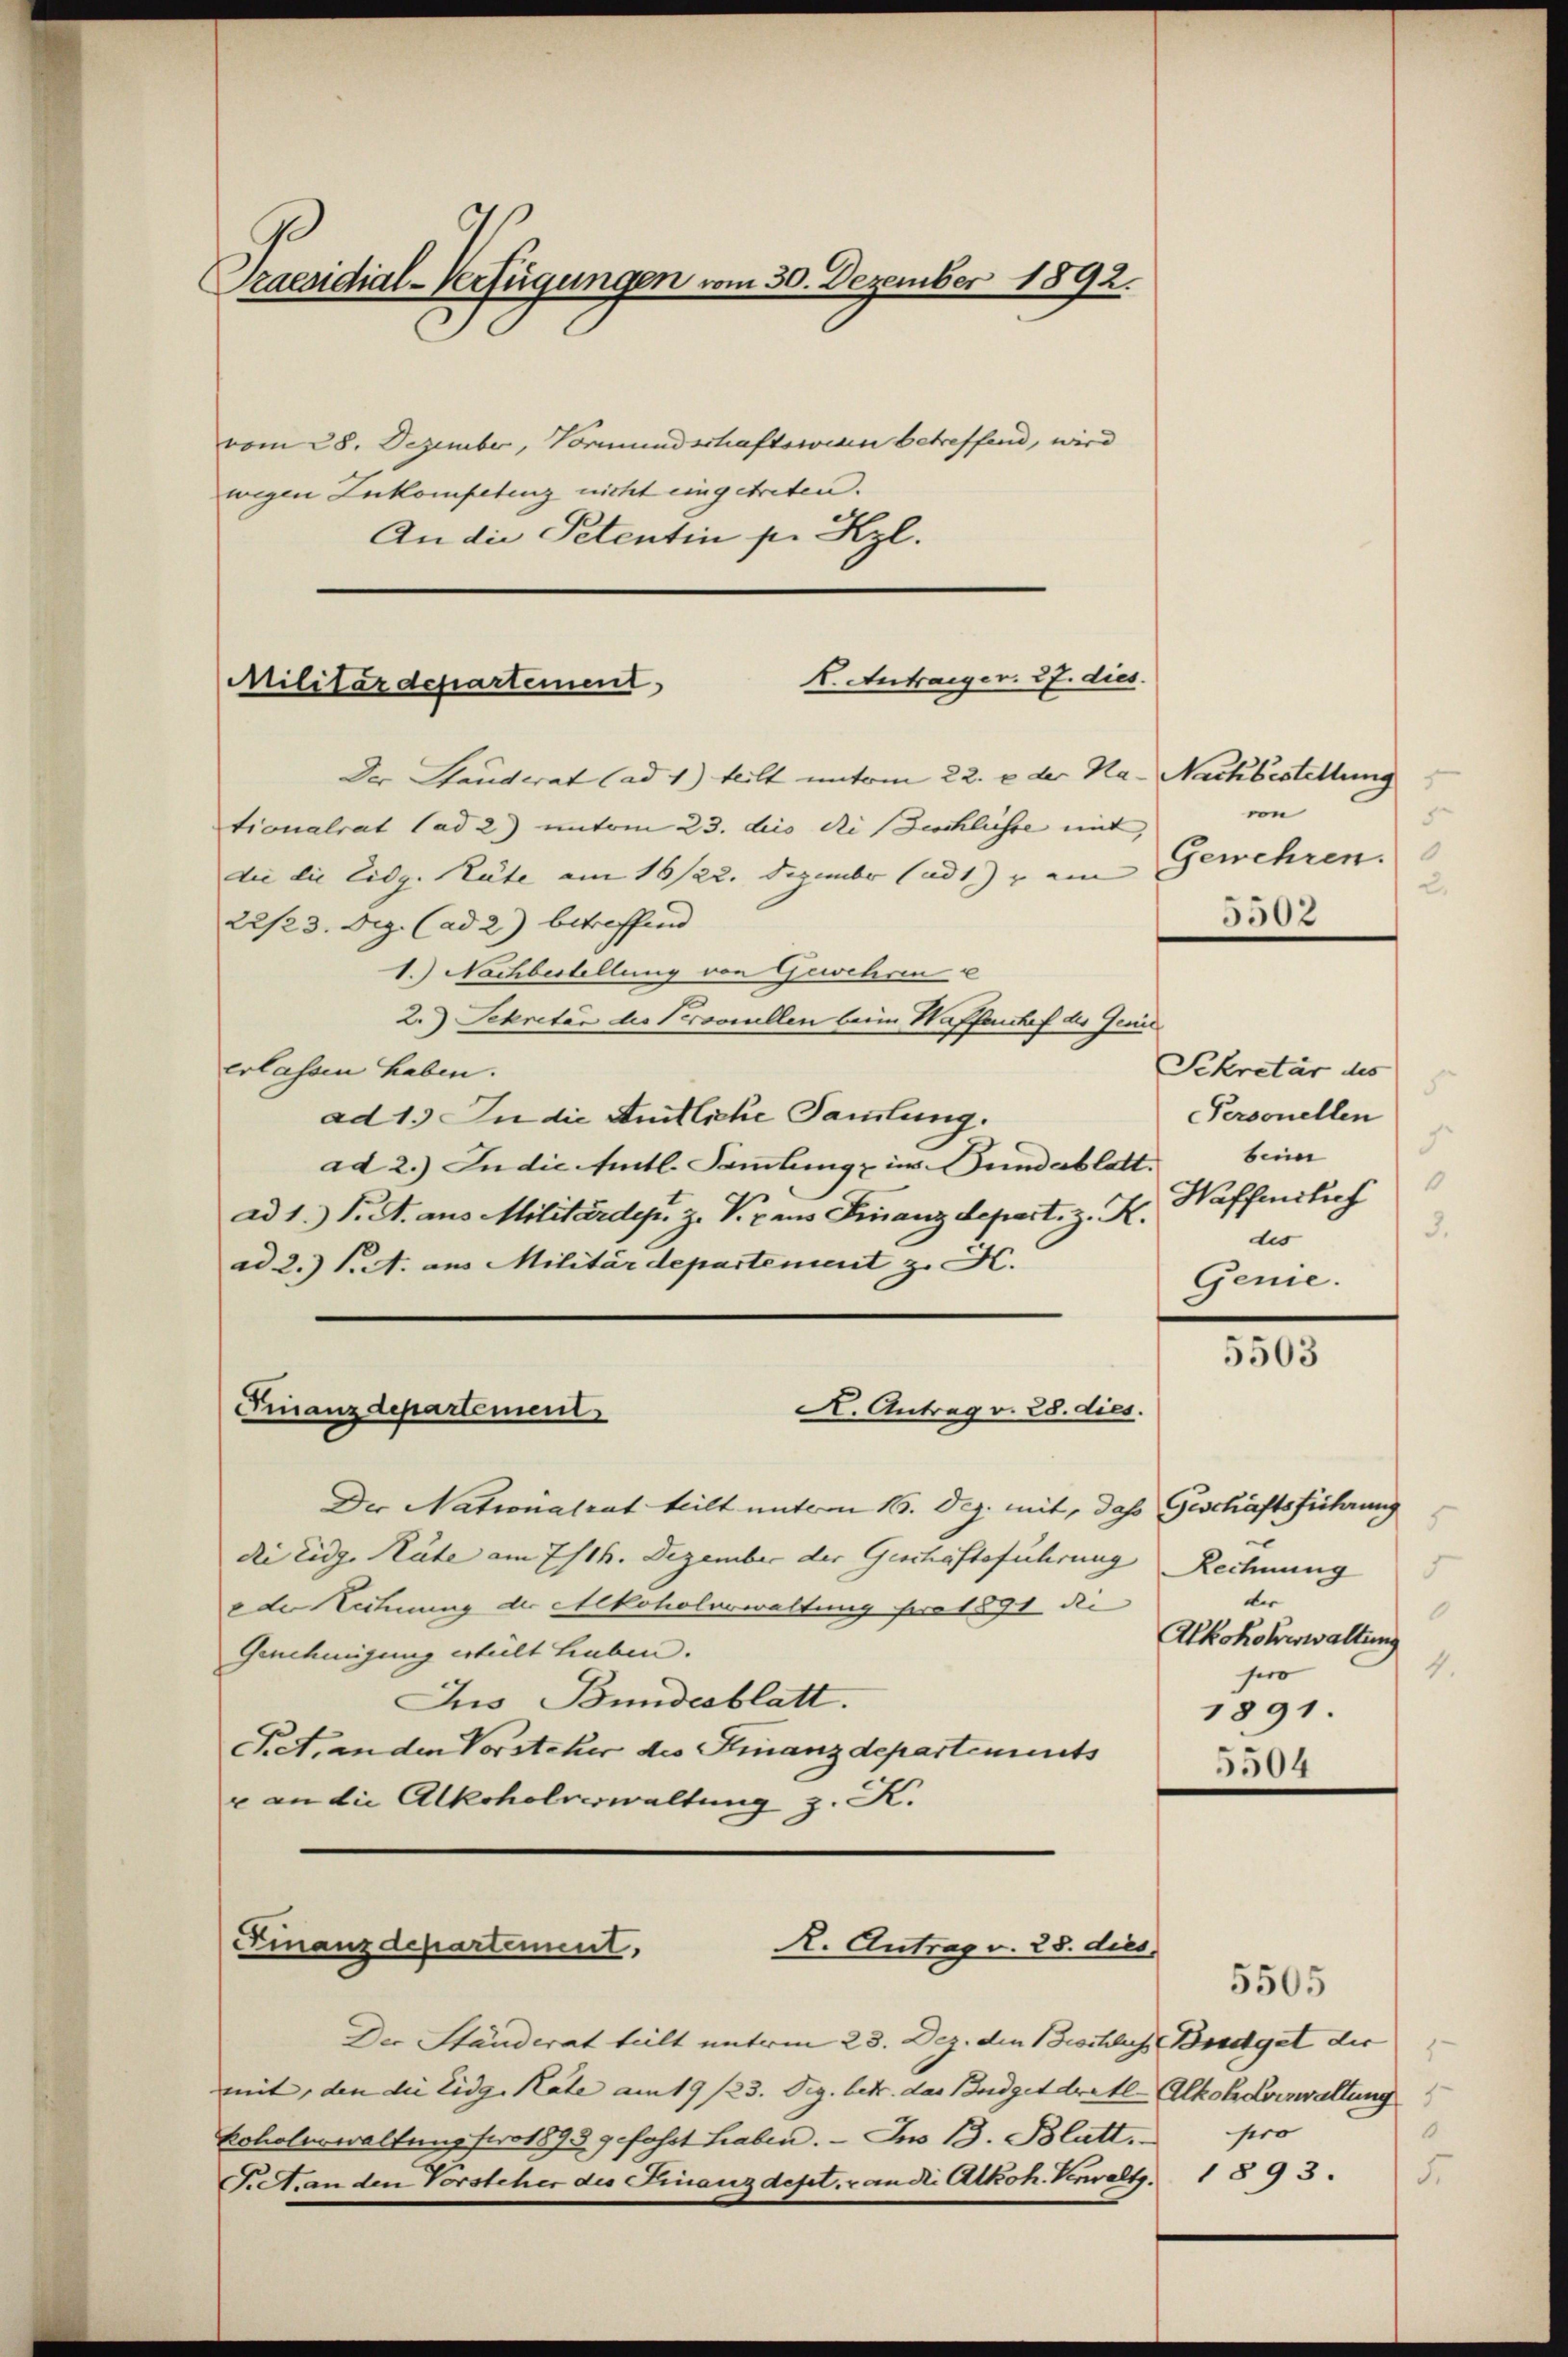
Praesidial-Verfügungen vom 30. Dezember 1892.

vom 28. Dezember, Vormundschaftswesen betreffend, wird
wegen Zukompetenz nicht eingetreten.
An die Petentin pr Kzl.

K. Antrager. 27. dies
Militärdepartement

Der Standerat (ad 1) teilt unterm 22. e der Na- Nachbestellung
tionalrat (ad 2) unterm 23. dies die Beschlüsse mit,
die die Eidg. Räte am 16/22. Dezember (ad1) am
22/23. Dez. (ad 2.) betreffend
1.) Nachbestellung von Gewehren e
2.) Sekretär die Peroviellen beim Waffenchef des Genie
erlassen haben.
ad 1.) In die Amtliche Sammlung.
ad 2.) In die Amtl. Sammlung im Bund ablatt.
ad 1.) S. A. aus Militärder z. V. raus Finanzdepart, z. K.
ad 2.) St. aus Militärdepartement z. K.
A. Antrag v. 28. dies.
Finanzdepartement
Der Nationalrat teilt unterm 15. Dez. mit, das Geschäftsführung
die Eidg. Räte am 7/16. Dezember der Geschäftsführung
eder Lechnung der Alkoholerwaltung pro 1891 die
Genehmigung erteilt hieben.
Jus Bundesblatt.
Pet, an den Vorsteher des Finanzdepartements
r an die Alkoholverwaltung z. K.

Finanzdepartennit,
R. Antrag v. 28. dies

von
5
Gewehren.
2
5502

Der Ständerat teilt unterm 23. Dez. den Beschlis Bregel der
mit, den die Eidg. Rate am 19/23. Dez. betr. das Budget dritt Alkohlverwaltung
koholenwaltung foro 1893 gefahrt haben. — Im 13. Blatt. pro
Tiet, an den Vorsteher des Finanzdept, an die Alkoh. Verwalts. 1893.

Sekretär des
5
Personellen
3
bein
Haffentlich
des
Genie.

5503

5
Rechnung
.
ber
6
Alkohoherwaltung
1
sero
1891.
5504

5505
1
.